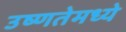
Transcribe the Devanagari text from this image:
उष्णतेमध्ये